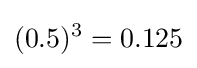
(0.5)^{3}=0.125